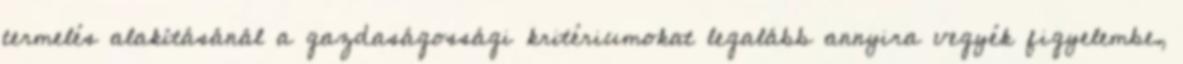
termelés alakításánál a gazdaságossági kritériumokat legalább annyira vegyék figyelembe,